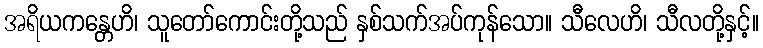
အရိယကန္တေဟိ၊ သူတော်ကောင်းတို့သည် နှစ်သက်အပ်ကုန်သော။ သီလေဟိ၊ သီလတို့နှင့်။